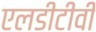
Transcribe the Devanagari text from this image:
एलडीटीवी